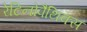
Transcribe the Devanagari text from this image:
रेटिनोपैथिक्स